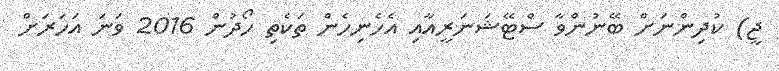
ޖީ) ކުދިންނަށް ބޭނުންވާ ސްޓޭޝަނަރީއާއި އެހެނިހެން ތަކެތި ހޯދުން 2016 ވަނަ އަހަރަށް